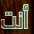
أنت